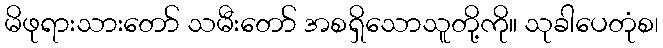
မိဖုရားသားတော် သမီးတော် အစရှိသောသူတို့ကို။ သုခါပေတုံစ၊